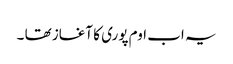
یہ اب اوم پوری کا آغاز تھا ۔